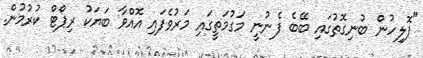
"ޕޮލިހުން ބުނިގޮތުގައި ބޭބެ ފެނުނީ މަގުމަތީގައި މަރުވެފައި އޮއްވާ ބަޔަކު ރިޕޯޓް ކުރުުމުން.